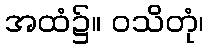
အထံ၌။ ဝသိတုံ၊